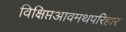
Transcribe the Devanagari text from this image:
विक्षिप्तआवमथपरिहार